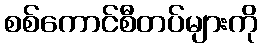
စစ်ကောင်စီတပ်များကို